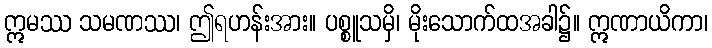
ဣမဿ သမဏဿ၊ ဤရဟန်းအား။ ပစ္စူသမှိ၊ မိုးသောက်ထအခါ၌။ ဣဏာယိကာ၊